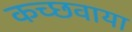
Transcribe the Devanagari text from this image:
कच्छवाया